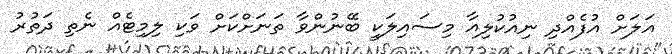
އަލަށް އުފެއްދި ނިއުކުލިއާ މިސައިލަކީ ބޭނުންވާ ތަނަށްކަށް ވަކި ލިމިޓެއް ނެތި ދަތުރު